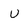
Character: u